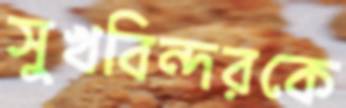
সুখবিন্দরকে